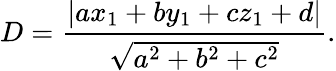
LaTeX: D={\frac{\left|ax_{1}+by_{1}+cz_{1}+d\right|}{\sqrt{a^{2}+b^{2}+c^{2}}}}.